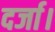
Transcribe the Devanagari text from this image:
दर्जा।